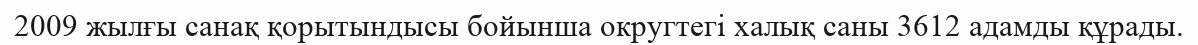
2009 жылғы санақ қорытындысы бойынша округтегі халық саны 3612 адамды құрады.